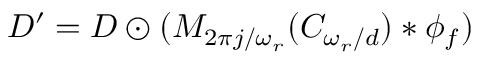
D ^ { \prime } = D \odot ( M _ { 2 \pi j / \omega _ { r } } ( C _ { \omega _ { r } / d } ) * \phi _ { f } )